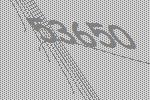
53650